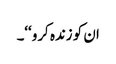
ان کو زندہ کرو‘‘۔